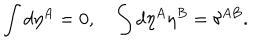
LaTeX: \int d \eta ^ { A } = 0 , \quad \int d \eta ^ { A } \eta ^ { B } = \delta ^ { A B } .